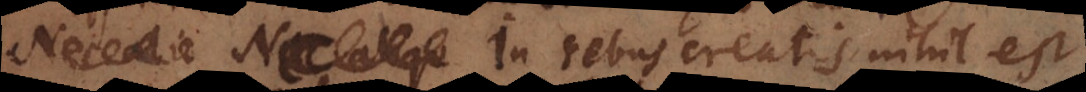
cet. In rebus creatis nihil est